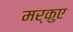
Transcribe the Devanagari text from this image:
मर्कुए